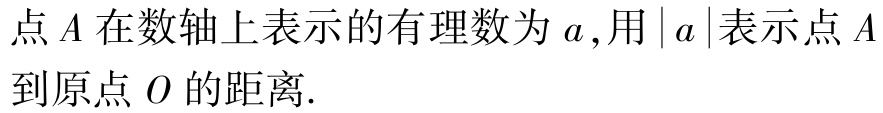
点\(A\)在数轴上表示的有理数为\(a\),用\(\vert a\vert\)表示点\(A\)到原点\(O\)的距离.